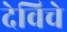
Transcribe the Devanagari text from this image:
देविचे